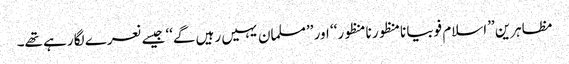
مظاہرین ’’اسلام فوبیا نامنظور نامنظور‘‘ اور ’’مسلمان یہیں رہیں گے‘‘ جیسے نعرے لگا رہے تھے۔